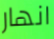
انهار